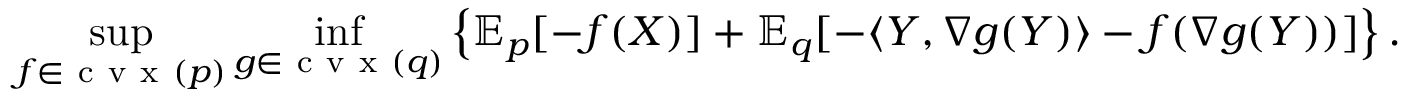
\operatorname* { s u p } _ { f \in \mathrm { ~ c ~ v ~ x ~ } ( p ) } \operatorname* { i n f } _ { g \in \mathrm { ~ c ~ v ~ x ~ } ( q ) } \left\{ \mathbb { E } _ { p } [ - f ( X ) ] + \mathbb { E } _ { q } [ - \langle Y , \nabla g ( Y ) \rangle - f ( \nabla g ( Y ) ) ] \right\} .